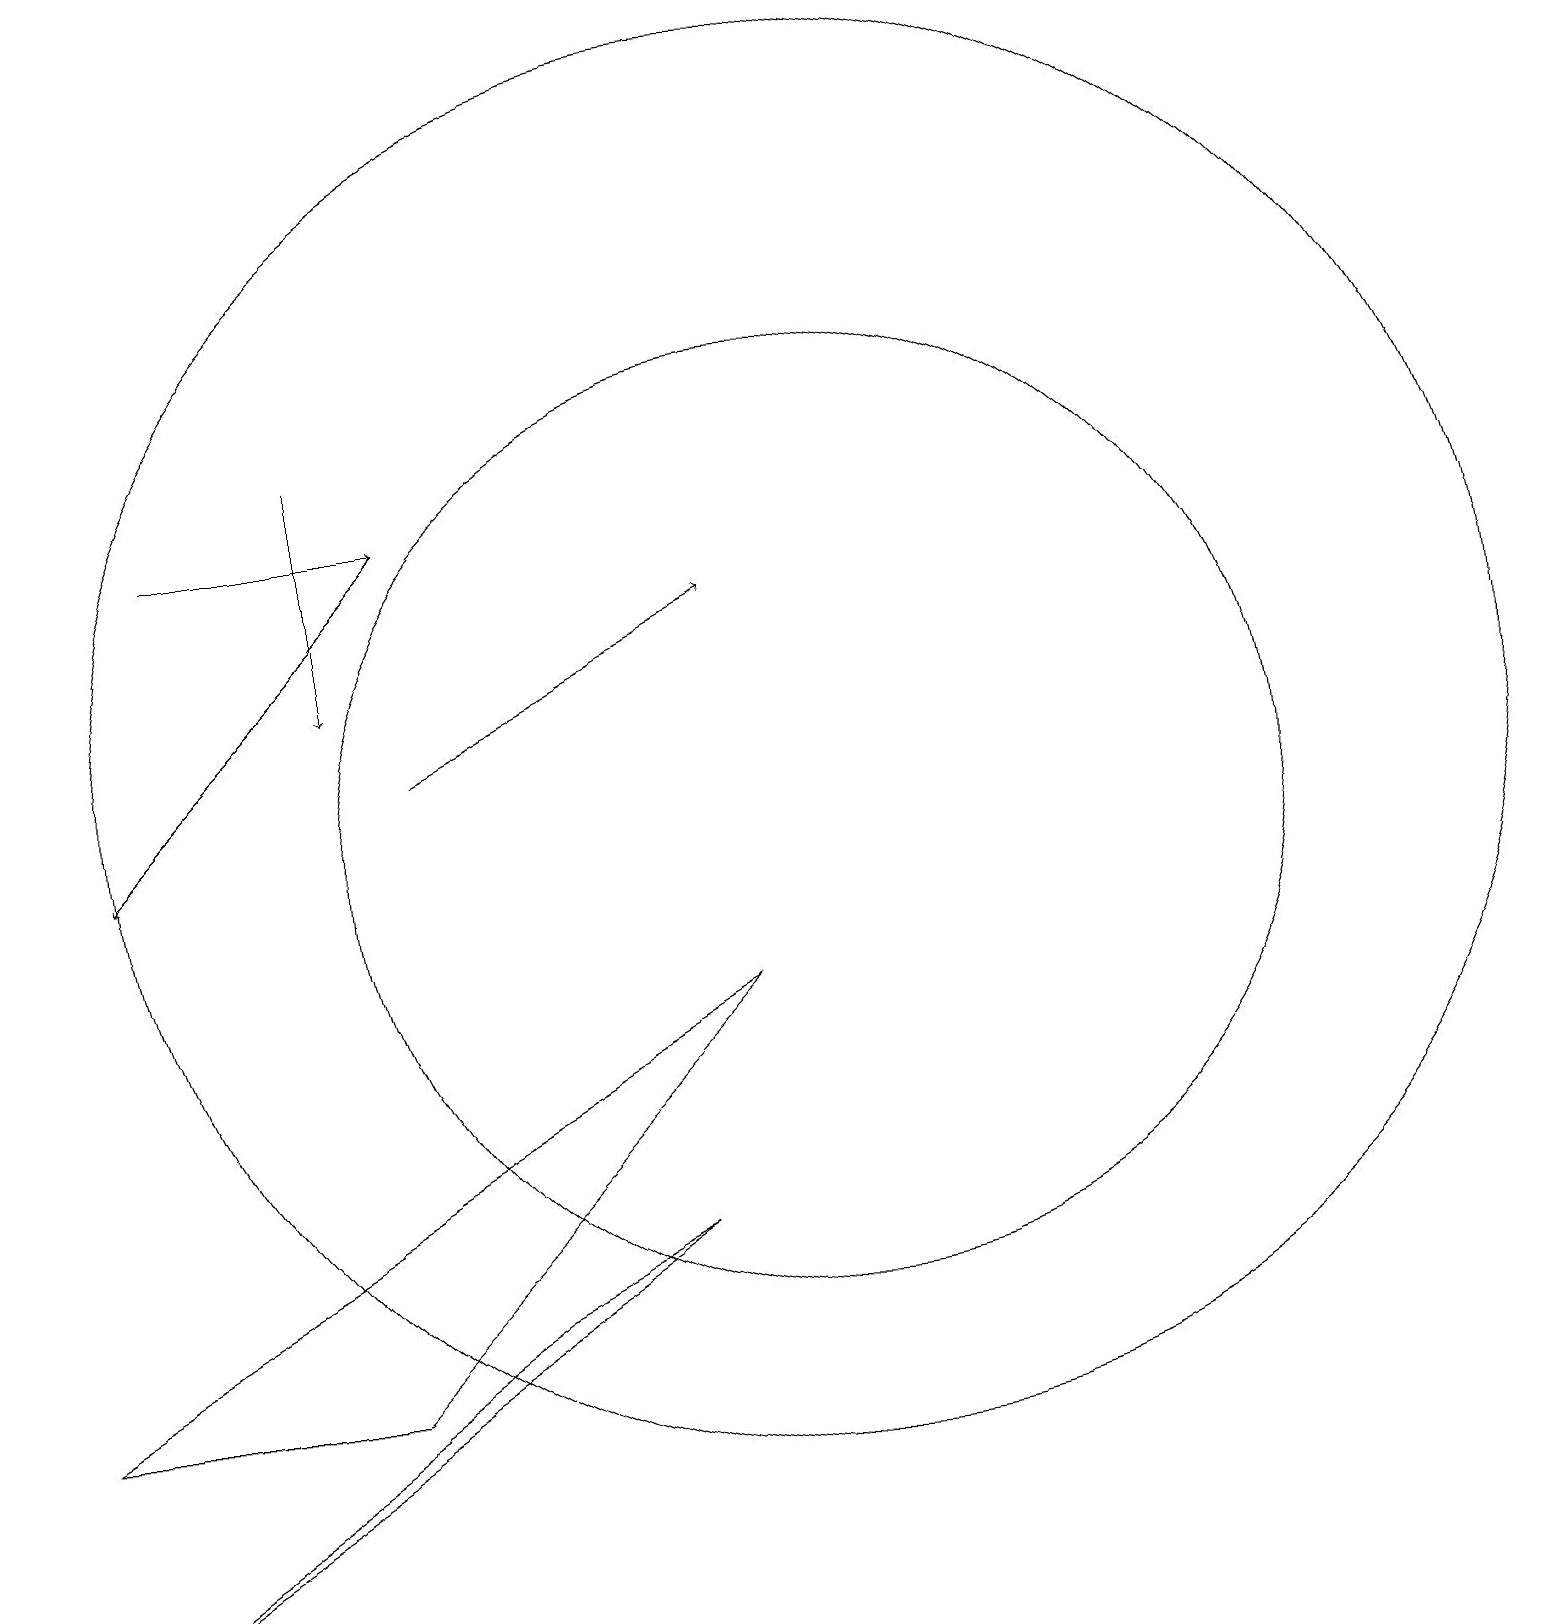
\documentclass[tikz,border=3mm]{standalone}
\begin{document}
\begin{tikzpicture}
\draw (8,5) -- (6,4) -- (0,0) -- cycle;
\draw[->] (4,15) -- (4,12);
\draw (10,11) circle (9);
\draw[->] (2,14) -- (5,14);
\draw[->] (5,11) -- (9,13);
\draw (10,10) circle (6);
\draw[->] (5,14) -- (1,10);
\draw (4,3) -- (9,8) -- (0,3) -- cycle;
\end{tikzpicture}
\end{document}